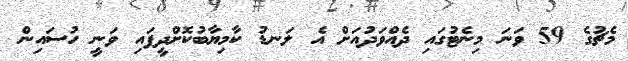
މެޗުގެ 59 ވަނަ މިނެޓުގައި ދެއްވަދުއަށް އެ ލަނޑު ކާމިޔާބުކޮށްދީފައި ވަނީ ހުސައިން